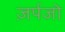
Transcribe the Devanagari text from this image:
ज़र्पजो